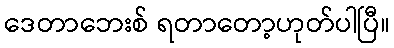
ဒေတာဘေးစ် ရတာတော့ဟုတ်ပါပြီ။